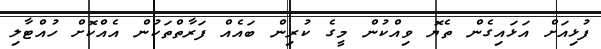
ފުޅިއަށް އަޅައިގެން ތެޔޮ ވިއްކުން މީގެ ކުރިން ބައެއް ފަރާތްތަކުން އެއްކޮށް ހުއްޓާލި